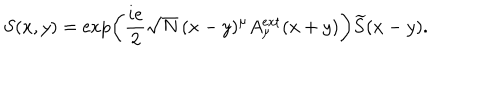
S ( x , y ) = \exp \left( \frac { i e } { 2 } \sqrt { N } \, ( x - y ) ^ { \mu } A _ { \mu } ^ { \mathrm { e x t } } ( x + y ) \right) \widetilde { S } ( x - y ) .